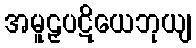
အမူဠှပဋိယေဘုယျ